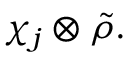
\chi _ { j } \otimes { \tilde { \rho } } .